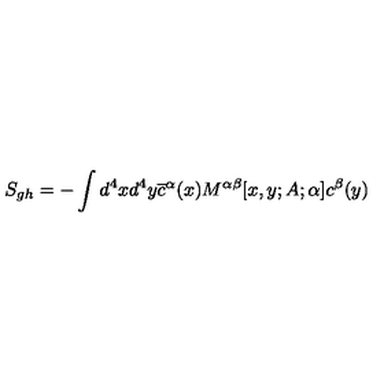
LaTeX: S _ { g h } = - \int d ^ { 4 } x d ^ { 4 } y \overline { { c } } ^ { \alpha } ( x ) M ^ { \alpha \beta } [ x , y ; A ; \alpha ] c ^ { \beta } ( y )